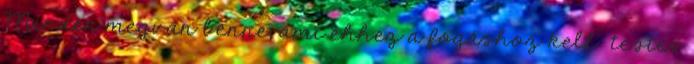
Minden megvan benne, ami ehhez a fogáshoz kell: testes